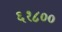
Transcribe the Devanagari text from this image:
६१८००